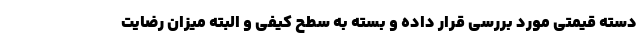
دسته قیمتی مورد بررسی قرار داده و بسته به سطح کیفی و البته میزان رضایت